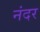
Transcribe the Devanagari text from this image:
नंदर